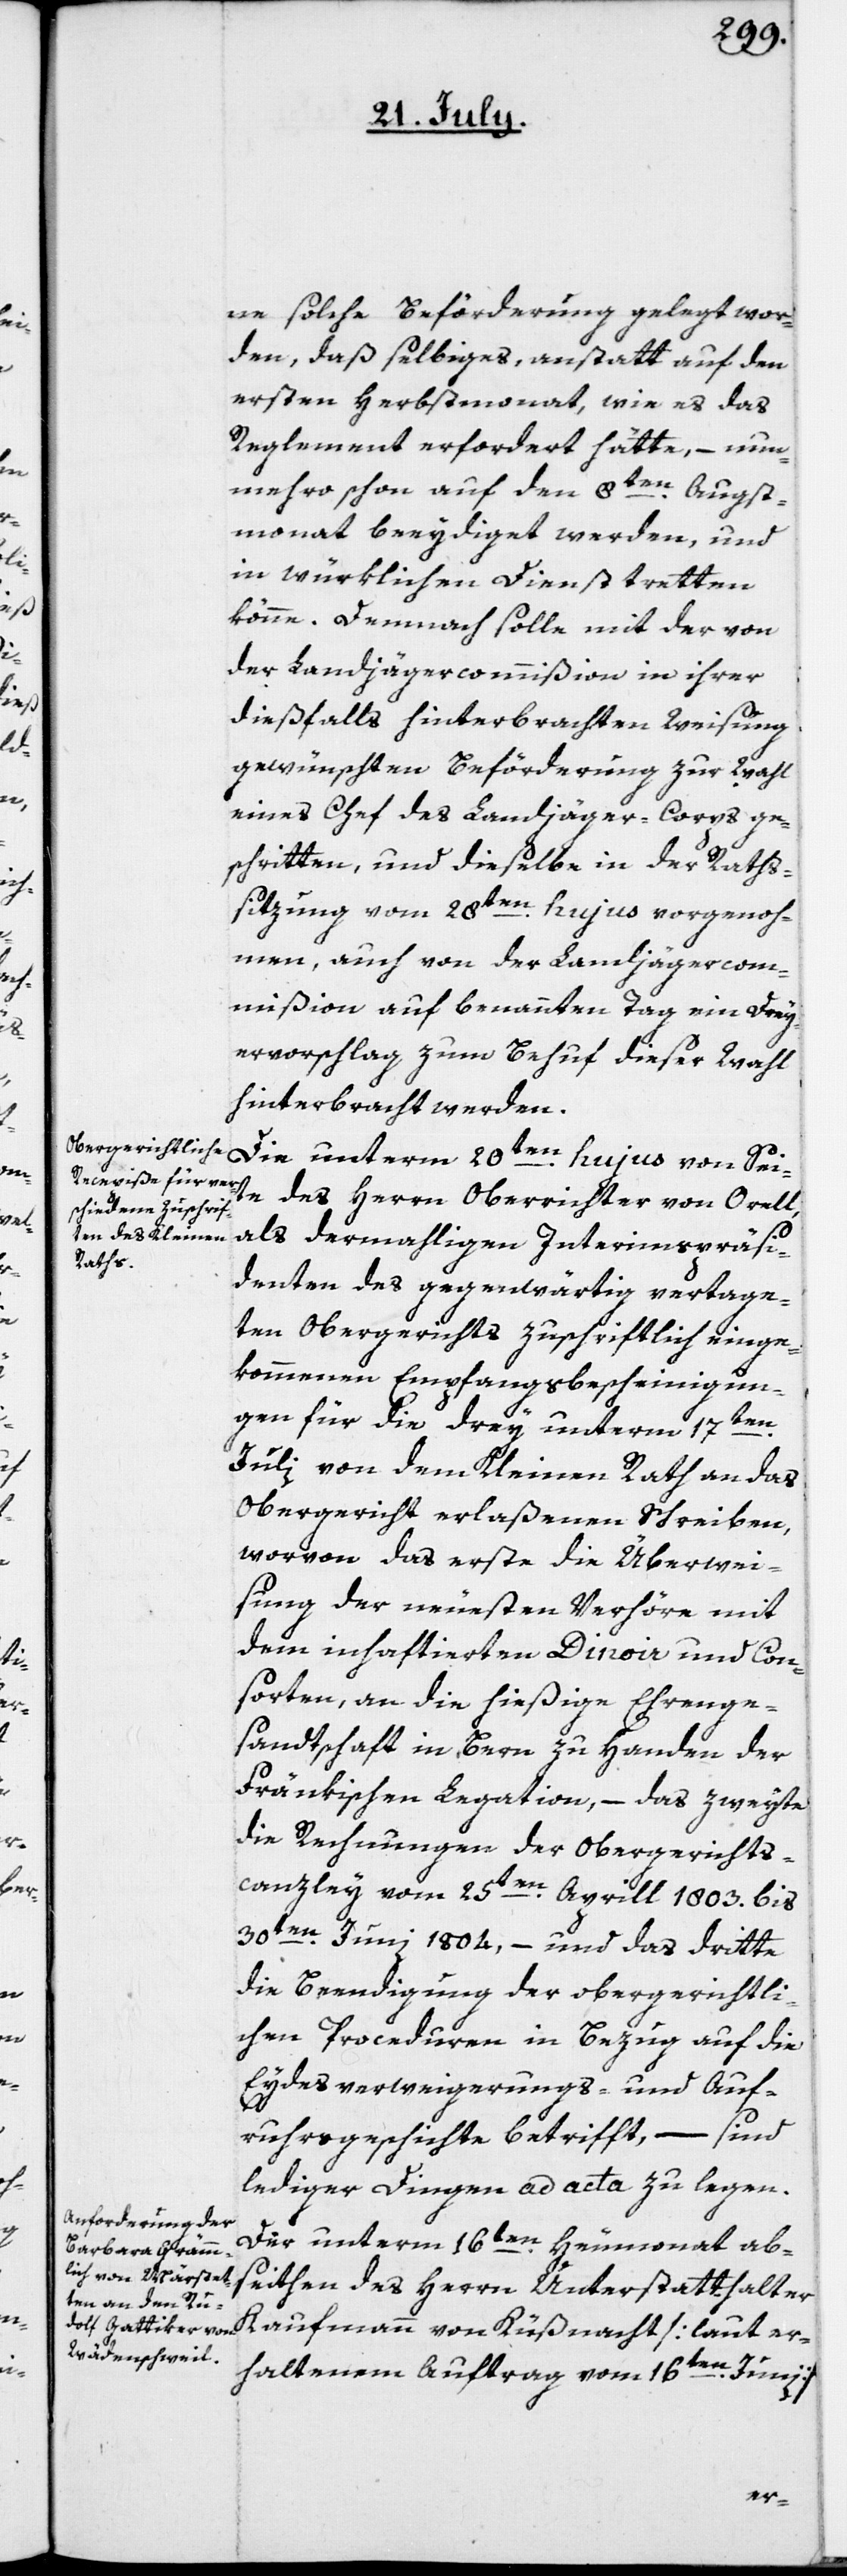
ne solche Beförderung gelegt wor¬
den, daß selbiges, anstatt auf den
ersten Herbstmonat, wie es das
Reglement erfordert hätte, – nun¬
mehro schon auf den 8ten Augst¬
monat beeydiget werden, und
in würklichen Dienst tretten
könne. Demnach solle mit der von
der Landjägercommißion in ihrer
dießfalls hinterbrachten Weisung
gewünschten Beförderung zur Wahl
eines Chefs des Landjäger-Corps ge¬
schritten, und dieselbe in der Raths¬
sitzung vom 28ten hujus vorgenoh¬
men, auch von der Landjägercom¬
mißion auf benannten Tag ein Drey¬
ervorschlag zum Behuf dieser Wahl
hinterbracht werden.
Die unterm 20ten hujus von Sei¬
te des Herrn Oberrichter von Orell,
als dermahligen Interimspräsi¬
denten des gegenwärtig vertage¬
ten Obergerichts zuschriftlich einge¬
kommenen Empfangsbescheinigun¬
gen für die drey unterm 17ten
Julii von dem Kleinen Rath an das
Obergericht erlaßenen Schreiben,
wovon das erste die Überwei¬
sung der neuesten Verhöre mit
dem inhaftierten Dinoir und Con¬
sorten, an die hießige Ehrenge¬
sandtschaft in Bern zu Handen der
Fränkischen Legation, – das zweyte
die Rechnungen der Obergerichts¬
canzley vom 25ten Aprill 1803. bis
30ten Juni 1804, – und das dritte
die Beendigung der obergerichtli¬
chen Proceduren in Bezug auf die
Eydesverweigerungs- und Auf¬
ruhrsgeschichte betrifft, – sind
lediger Dingen ad acta zu legen.
Der unterm 16ten Heumonat abs¬
eiten des Herrn Unterstatthalter
Kaufmann von Küßnacht [laut er¬
haltenem Auftrag vom 16ten Junii]